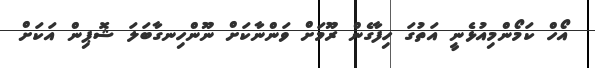
އޯހް ކަމޯންމިއުޅެނީ އަތުގަ ހިފާގެން ރޫމަށް ވަންނާކަށް ނޫންހިނގާބަލަ ޝޮޕިން އަކަށް